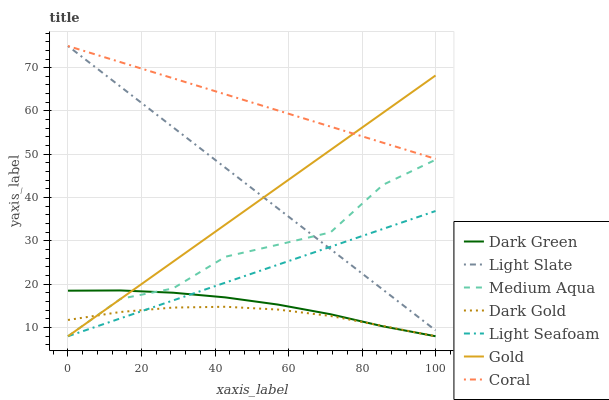
| xaxis_label | Dark Green | Light Slate | Medium Aqua | Dark Gold | Light Seafoam | Gold | Coral |
 | --- | --- | --- | --- | --- | --- | --- | --- |
 | 0 | 18.5 | 75 | 8 | 11.8 | 8 | 8 | 75 |
 | 14.3 | 18.6 | 65.6 | 16.6 | 13.6 | 12.1 | 16.6 | 71.3 |
 | 28.6 | 18.1 | 56.2 | 19 | 14.6 | 16.3 | 25.2 | 67.6 |
 | 42.9 | 17 | 46.9 | 26.4 | 14.8 | 20.4 | 33.8 | 63.8 |
 | 57.1 | 15.3 | 37.5 | 29.1 | 14.2 | 24.5 | 42.4 | 60.1 |
 | 71.4 | 13.1 | 28.1 | 32 | 12.7 | 28.6 | 51 | 56.4 |
 | 85.7 | 10.3 | 18.7 | 43 | 10.4 | 32.8 | 59.6 | 52.7 |
 | 100 | 8 | 9.36 | 48.7 | 8 | 36.9 | 68.2 | 49 |